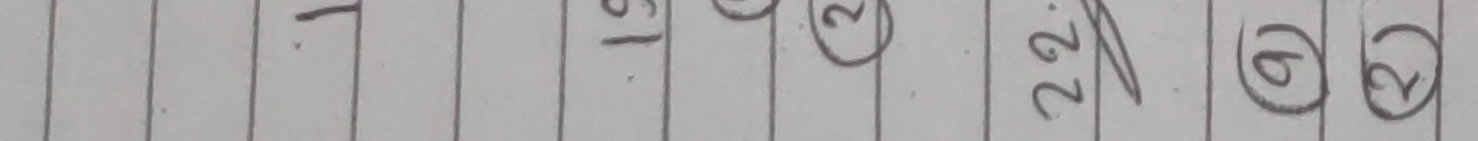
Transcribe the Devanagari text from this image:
१ १६ २२ (१) (२)